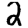
Digit: 2